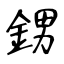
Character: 𨦻